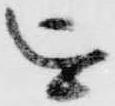
を